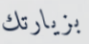
بزيارتك